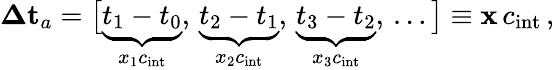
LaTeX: \mathbf{\Delta t}_{a}=\big[\underbrace{t_{1}-t_{0}}_{x_{1}c_{\mathrm{int}}},\, \underbrace{t_{2}-t_{1}}_{x_{2}c_{\mathrm{int}}},\, \underbrace{t_{3}-t_{2}}_{x_{3}c_{\mathrm{int}}},\, \dots\big]\equiv\mathbf{x}\, c_{\mathrm{int}}\, ,